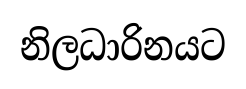
නිලධාරිනයට